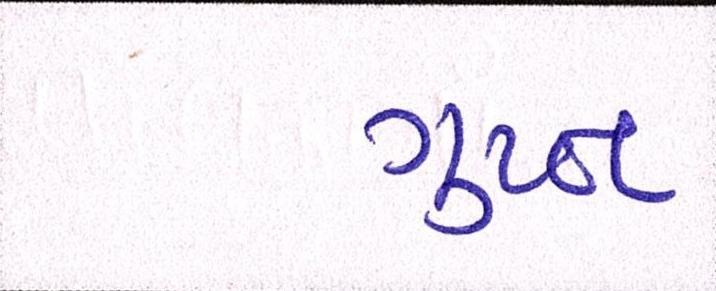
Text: ગુપ્ત